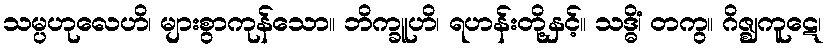
သမ္ပဟုလေဟိ၊ များစွာကုန်သော။ ဘိက္ခူဟိ၊ ရဟန်းတို့နှင့်။ သဒ္ဓိံ၊ တကွ။ ဂိဇ္ဈကူဋေ၊